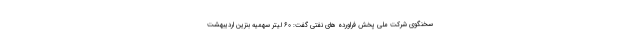
سخنگوی شرکت ملی پخش فراورده های نفتی گفت: ۶۰ لیتر سهمیه بنزین اردیبهشت